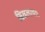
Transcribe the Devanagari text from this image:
सिखलाया।